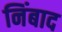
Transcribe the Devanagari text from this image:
निंबाद